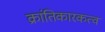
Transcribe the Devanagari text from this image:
क्रांतिकारकत्व